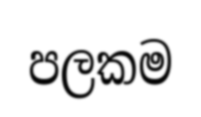
පලකම